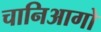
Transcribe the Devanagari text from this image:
चानिआगो